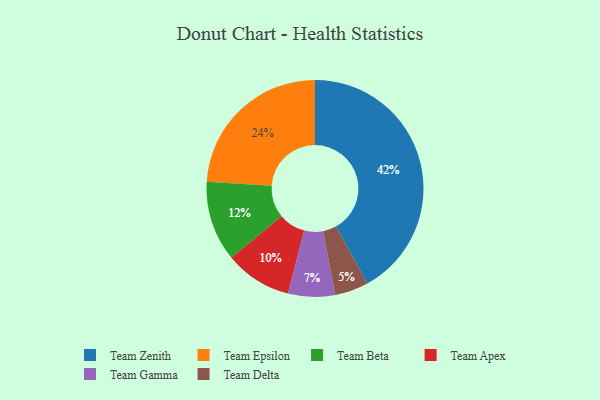
{"axis": {"x": "Category", "y": "Percentage"}, "legend": ["Team Apex", "Team Beta", "Team Delta", "Team Epsilon", "Team Gamma", "Team Zenith"], "data": [{"x": "Team Zenith", "y": 42, "type": "Team Zenith"}, {"x": "Team Beta", "y": 12, "type": "Team Beta"}, {"x": "Team Delta", "y": 5, "type": "Team Delta"}, {"x": "Team Gamma", "y": 7, "type": "Team Gamma"}, {"x": "Team Apex", "y": 10, "type": "Team Apex"}, {"x": "Team Epsilon", "y": 24, "type": "Team Epsilon"}]}